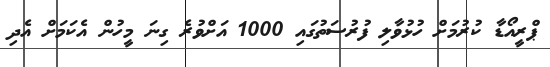
ޕްރީއޯޑާ ކުރުމަށް ހުޅުވާލި ފުރުސަތުގައި 1000 އަށްވުރެ ގިނަ މީހުން އެކަމަށް އެދި